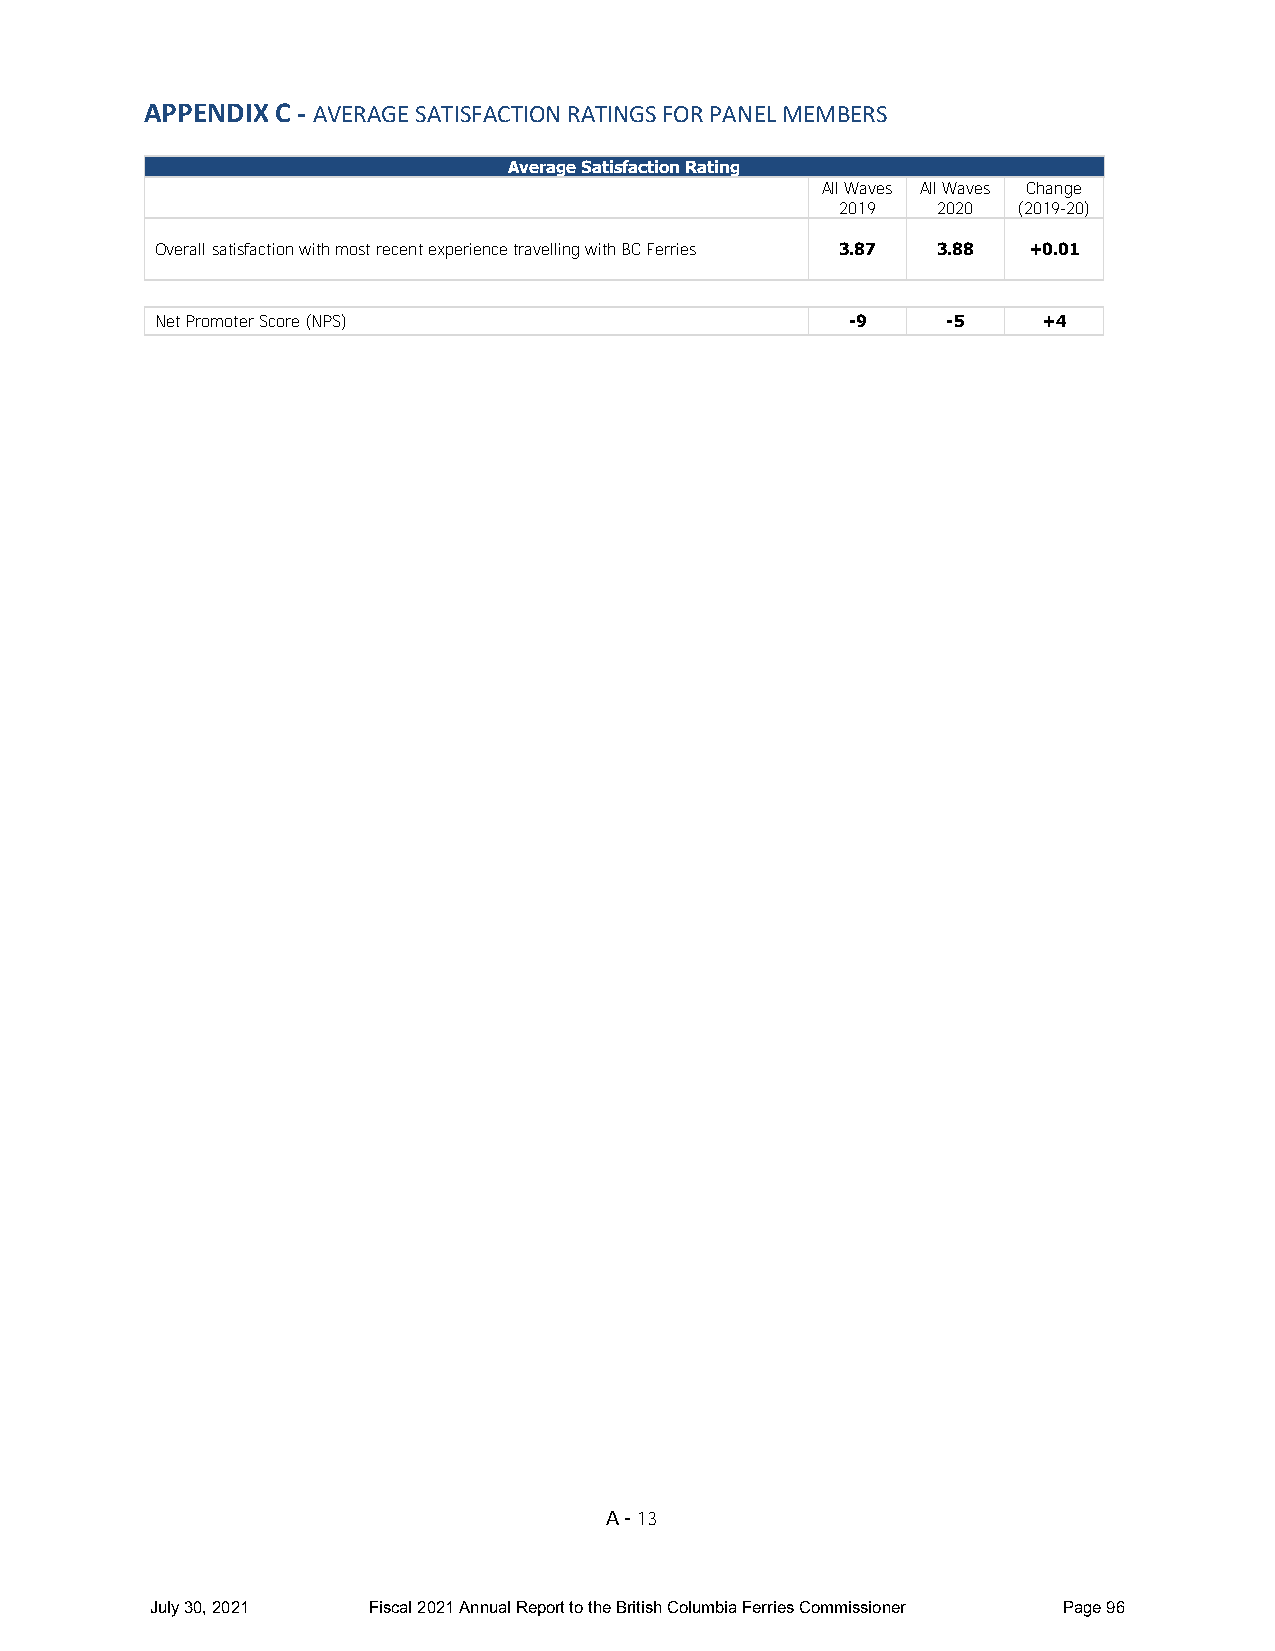
APPENDIX C - AVERAGE SATISFACTION RATINGS FOR PANEL MEMBERS
 Average Satisfaction Rating
 All Waves All Waves Change
 2019  2020 (2019-20)
 Overall satisfaction with most recent experience travelling with BC Ferries 3.87 3.88 +0.01
 Net Promoter Score (NPS)                      -9     -5    +4
 A - 13
 July 30, 2021 Fiscal 2021 Annual Report to the British Columbia Ferries Commissioner Page 96